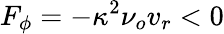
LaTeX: F_{\phi}=-\kappa^{2}\nu_{o}v_{r}<0